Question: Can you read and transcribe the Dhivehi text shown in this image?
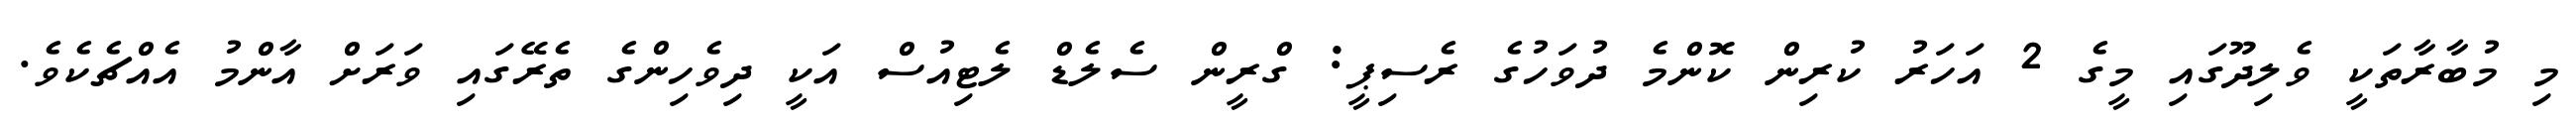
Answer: މި މުބާރާތަކީ ވެލިދޫގައި މީގެ 2 އަހަރު ކުރިން ކޮންމެ ދުވަހުގެ ރެސިޕީ: ގްރީން ސެލެޑް ލެޓިއުސް އަކީ ދިވެހިންގެ ތެރޭގައި ވަރަށް އާންމު އެއްޗެކެވެ.